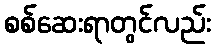
စစ်ဆေးရာတွင်လည်း